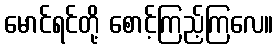
မောင်ရင်တို့ စောင့်ကြည့်ကြလေ။